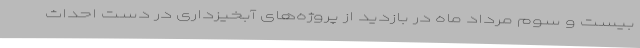
بیست و سوم مرداد ماه در بازدید از پروژه‌های آبخیزداری در دست احداث